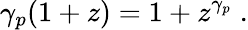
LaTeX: \gamma_{p}(1+z)=1+z^{\gamma_{p}}\; .